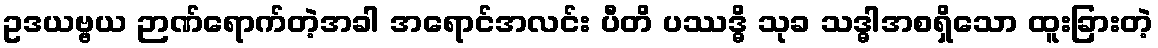
ဥဒယဗ္ဗယ ဉာဏ်ရောက်တဲ့အခါ အရောင်အလင်း ပီတိ ပဿဒ္ဓိ သုခ သဒ္ဓါအစရှိသော ထူးခြားတဲ့